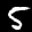
Label: 5